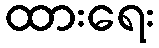
ထားရေး